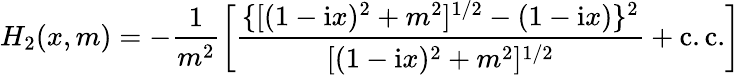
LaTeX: H_{2}(x,m)=-\frac{1}{m^{2}}\biggl[\frac{\{ [(1-\mathrm{i}x)^{2}+m^{2}]^{1/2}-(1-\mathrm{i}x)\} ^{2}}{[(1-\mathrm{i}x)^{2}+m^{2}]^{1/2}}+\mathrm{c.c.}\biggr]